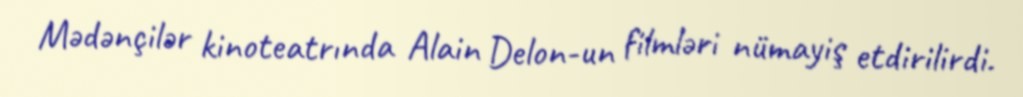
Mədənçilər kinoteatrında Alain Delon-un filmləri nümayiş etdirilirdi.